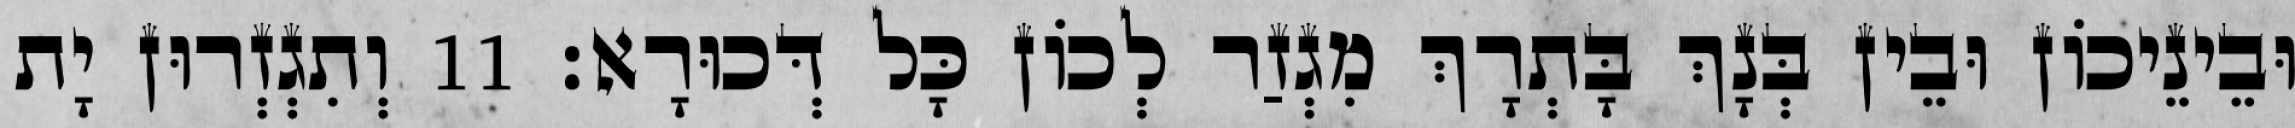
וּבֵינֵיכוֹן וּבֵין בְּנָךְ בָּתְרָךְ מִגְזַר לְכוֹן כָּל דְּכוּרָא׃ 11 וְתִגְזְרוּן יָת